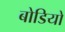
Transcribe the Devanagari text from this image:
बोडियो